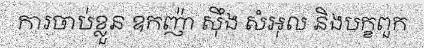
ការចាប់ខ្លួន ឧកញ៉ា ស៊ឹង សំអុល និងបក្ខពួក